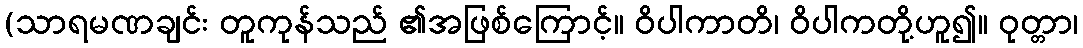
(သာရမဏချင်း တူကုန်သည် ၏အဖြစ်ကြောင့်။ ဝိပါကာတိ၊ ဝိပါကတို့ဟူ၍။ ဝုတ္တာ၊